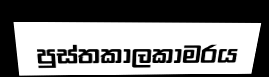
පුස්තකාලකාමරය